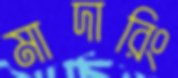
মাদারিং